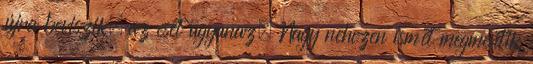
újra beviszik, az eset ugyanaz. Nagy nehezen ismét megmentik